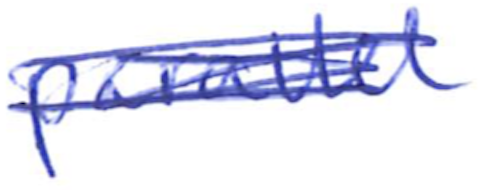
Text: parallel
Cross-out: scratch
Writing tool: ballpoint